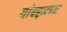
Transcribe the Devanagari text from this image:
यांबद्दलच्या